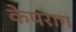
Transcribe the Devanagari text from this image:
केपराग